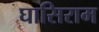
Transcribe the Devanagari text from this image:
घासिराम